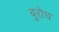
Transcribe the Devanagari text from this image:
बुरोघ